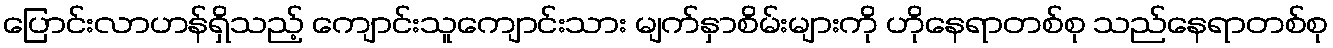
ပြောင်းလာဟန်ရှိသည့် ကျောင်းသူကျောင်းသား မျက်နှာစိမ်းများကို ဟိုနေရာတစ်စု သည်နေရာတစ်စု